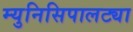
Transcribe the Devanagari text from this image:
म्युनिसिपालट्या